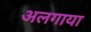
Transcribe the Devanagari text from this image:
अलगाया